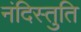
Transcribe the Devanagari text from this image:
नंदिस्तुति